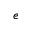
e